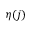
\eta ( j )